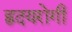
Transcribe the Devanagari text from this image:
ह्रदयरोगी